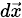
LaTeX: \scriptstyle{d}{\vec{x}}